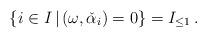
LaTeX: \begin{align*}\{i\in I\,|\, (\omega ,\check\alpha_i)=0\}=I_{\le 1}\, .\end{align*}